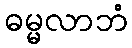
ဓမ္မလာဘံ